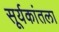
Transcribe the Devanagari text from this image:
सूर्यकांतला